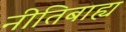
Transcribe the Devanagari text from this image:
नीतिबाह्य